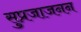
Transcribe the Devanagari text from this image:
सुप्रजाजनन